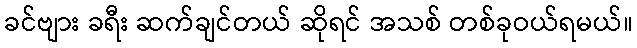
ခင်ဗျား ခရီး ဆက်ချင်တယ် ဆိုရင် အသစ် တစ်ခုဝယ်ရမယ်။